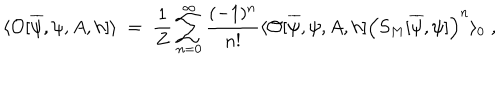
\langle { \cal O } [ \overline { { { \psi } } } , \psi , A , h ] \rangle \; = \; \frac { 1 } { Z } \sum _ { n = 0 } ^ { \infty } \frac { ( - 1 ) ^ { n } } { n ! } \langle { \cal O } [ \overline { { { \psi } } } , \psi , A , h ] \Big ( S _ { M } [ \overline { { { \psi } } } , \psi ] \Big ) ^ { n } \rangle _ { 0 } \; ,